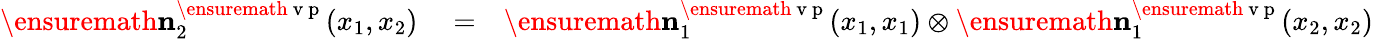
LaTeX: \begin{array}{rlr}{\ensuremath{\mathbf{n}}_{2}^{\ensuremath{\mathrm{~v~p~}}}(x_{1},x_{2})}&{{}=}&{\ensuremath{\mathbf{n}}_{1}^{\ensuremath{\mathrm{~v~p~}}}(x_{1},x_{1})\otimes\ensuremath{\mathbf{n}}_{1}^{\ensuremath{\mathrm{~v~p~}}}(x_{2},x_{2})}\end{array}